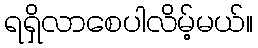
ရရှိလာစေပါလိမ့်မယ်။